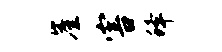
崖害蜂